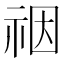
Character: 䄄